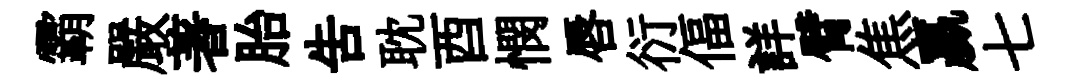
霸嚴著胎告耽酉憫唇衍偪詳臂焦贏七